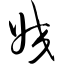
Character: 姣